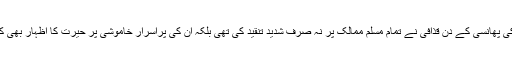
بھٹو کی پھانسی کے دن قذافی نے تمام مسلم ممالک پر نہ صرف شدید تنقید کی تھی بلکہ ان کی پراسرار خاموشی پر حیرت کا اظہار بھی کیا تھا۔